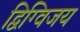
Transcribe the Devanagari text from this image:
द्विग्विजय